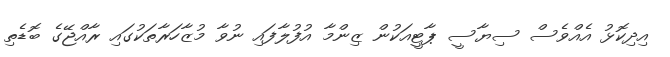
އިދިކޮޅު އެއްވެސް ސިޔާސީ ޕާޓީއަކުން ޒިންމާ އުފުލާފައި ނުވާ މުޒާހަރާތަކުގައި ރާއްޖޭގެ ބޮޑެތި